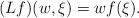
LaTeX: \begin{align*}(Lf)(w,\xi)=wf(\xi).\end{align*}